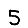
Digit: 5